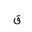
Letter: _qaf